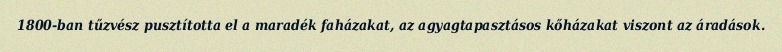
1800-ban tűzvész pusztította el a maradék faházakat, az agyagtapasztásos kőházakat viszont az áradások.